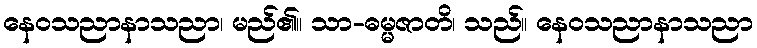
နေဝသညာနာသညာ၊ မည်၏။ သာ-ဓမ္မဇာတိ၊ သည်။ နေဝသညာနာသညာ